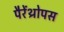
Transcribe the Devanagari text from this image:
पैरेंथ्रोपस